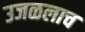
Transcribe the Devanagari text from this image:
उजळलाच